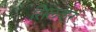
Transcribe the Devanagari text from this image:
सिलव्हर